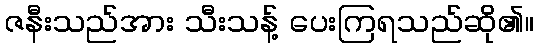
ဇနီးသည်အား သီးသန့် ပေးကြရသည်ဆို၏။